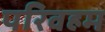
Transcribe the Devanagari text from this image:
परिवहम